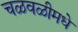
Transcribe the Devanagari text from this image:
चळवळीमधे